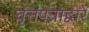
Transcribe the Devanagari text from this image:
वृत्तपत्राद्वारे